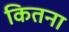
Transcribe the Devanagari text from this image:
कितना